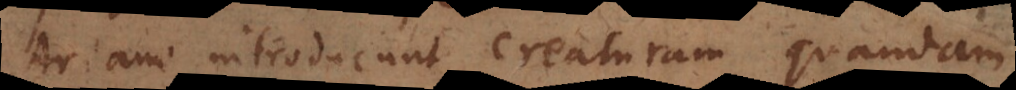
Ariani introducunt creaturam quandam